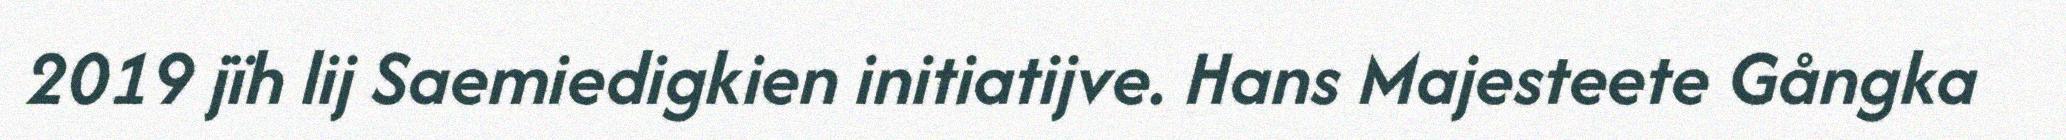
2019 jïh lij Saemiedigkien initiatijve. Hans Majesteete Gångka